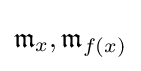
{\mathfrak {m}}_{x},{\mathfrak {m}}_{f(x)}